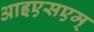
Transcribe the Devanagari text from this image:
आइएसएम्